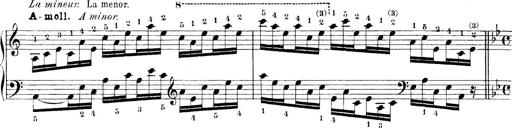
Title: Technische Studien
Composer: Franz Liszt